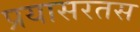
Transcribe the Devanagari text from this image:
प्रयासरतस